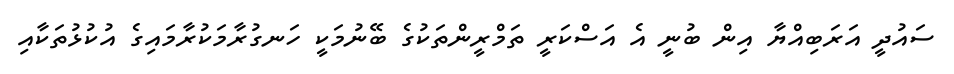
ސައުދީ އަރަބިއްޔާ އިން ބުނީ އެ އަސްކަރީ ތަމްރީންތަކުގެ ބޭނުމަކީ ހަނގުރާމަކުރާމައިގެ އުކުޅުތަކާއި